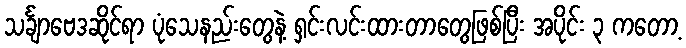
သင်္ချာဗေဒဆိုင်ရာ ပုံသေနည်းတွေနဲ့ ရှင်းလင်းထားတာတွေဖြစ်ပြီး အပိုင်း ၃ ကတော့